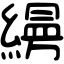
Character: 𦄡